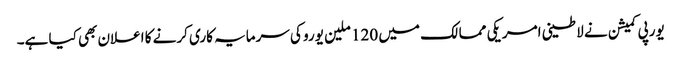
یورپی کمیشن نے لاطینی امریکی ممالک میں 120 ملین یورو کی سرمایہ کاری کرنے کا اعلان بھی کیا ہے۔